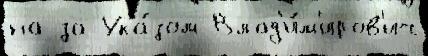
на за Ука́зом Влад'и́м'иров'ич